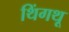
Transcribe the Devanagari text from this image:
थिंगथू